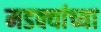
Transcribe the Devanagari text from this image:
मडक्यांच्या